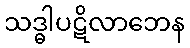
သဒ္ဓါပဋိလာဘေန